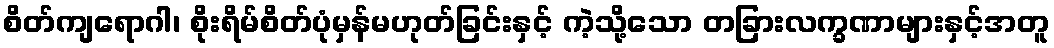
စိတ်ကျရောဂါ၊ စိုးရိမ်စိတ်ပုံမှန်မဟုတ်ခြင်းနှင့် ကဲ့သို့သော တခြားလက္ခဏာများနှင့်အတူ